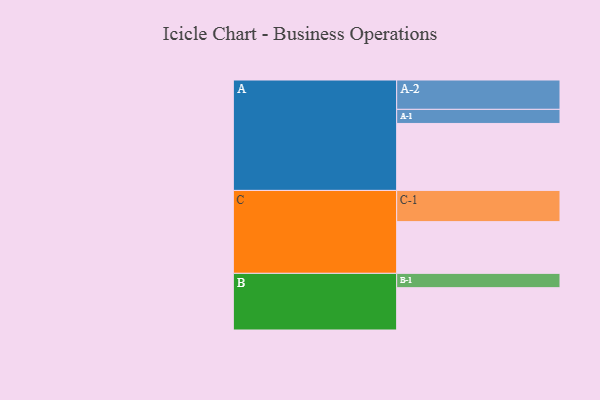
{"axis": {"x": "Segment", "y": "Value"}, "legend": ["", "A", "B", "C"], "data": [{"x": "A", "y": 584, "type": ""}, {"x": "B", "y": 369, "type": ""}, {"x": "C", "y": 451, "type": ""}, {"x": "A-1", "y": 123, "type": "A"}, {"x": "A-2", "y": 256, "type": "A"}, {"x": "B-1", "y": 125, "type": "B"}, {"x": "C-1", "y": 272, "type": "C"}]}